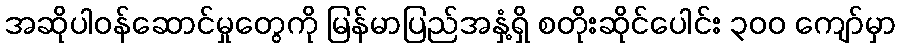
အဆိုပါဝန်ဆောင်မှုတွေကို မြန်မာပြည်အနှံ့ရှိ စတိုးဆိုင်ပေါင်း ၃ဝဝ ကျော်မှာ